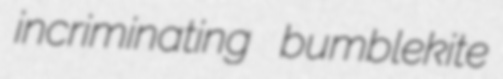
incriminating bumblekite